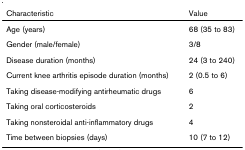
<table><thead><tr><td><b>Characteristic</b></td><td><b>Value</b></td></tr></thead><tbody><tr><td>Age (years)</td><td>68 (35 to 83)</td></tr><tr><td>Gender (male/female)</td><td>3/8</td></tr><tr><td>Disease duration (months)</td><td>24 (3 to 240)</td></tr><tr><td>Current knee arthritis episode duration (months)</td><td>2 (0.5 to 6)</td></tr><tr><td>Taking disease-modifying antirheumatic drugs</td><td>6</td></tr><tr><td>Taking oral corticosteroids</td><td>2</td></tr><tr><td>Taking nonsteroidal anti-inflammatory drugs</td><td>4</td></tr><tr><td>Time between biopsies (days)</td><td>10 (7 to 12)</td></tr></tbody></table>